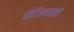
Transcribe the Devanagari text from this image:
ब्रिटिशवासी